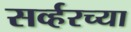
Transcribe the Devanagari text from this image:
सर्व्हरच्या